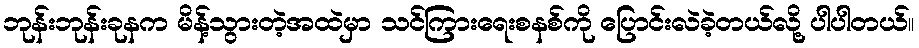
ဘုန်းဘုန်းခုနက မိန့်သွားတဲ့အထဲမှာ သင်ကြားရေးစနစ်ကို ပြောင်းလဲခဲ့တယ်လို့ ပါပါတယ်။